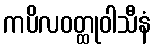
ကပိလဝတ္ထုဝါသီနံ